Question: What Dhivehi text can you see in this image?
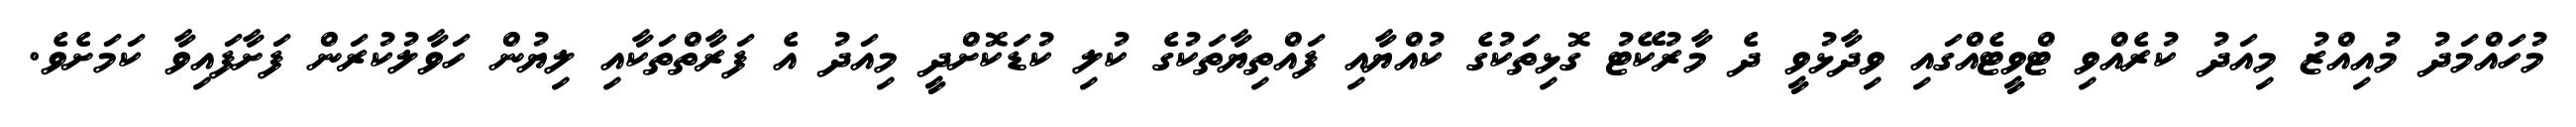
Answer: މުހައްމަދު މުއިއްޒު މިއަދު ކުރެއްވި ޓްވީޓެއްގައި ވިދާޅުވީ ދެ މާރުކޭޓު ގޮޅިތަކުގެ ކުއްޔާއި ފައްތިޔާތަކުގެ ކުލި ކުޑަކޮށްދީ މިއަދު އެ ފަރާތްތަކާއި ލިޔުން ހަވާލުކުރަން ފަށާފައިވާ ކަމަށެވެ.